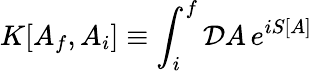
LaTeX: K[A_{f},A_{i}]\equiv\int_{i}^{f}{\cal D}A\, e^{iS[A]}